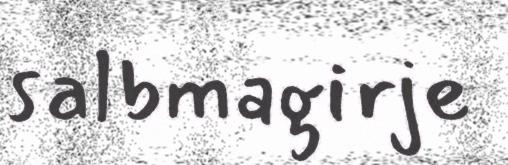
salbmagirje